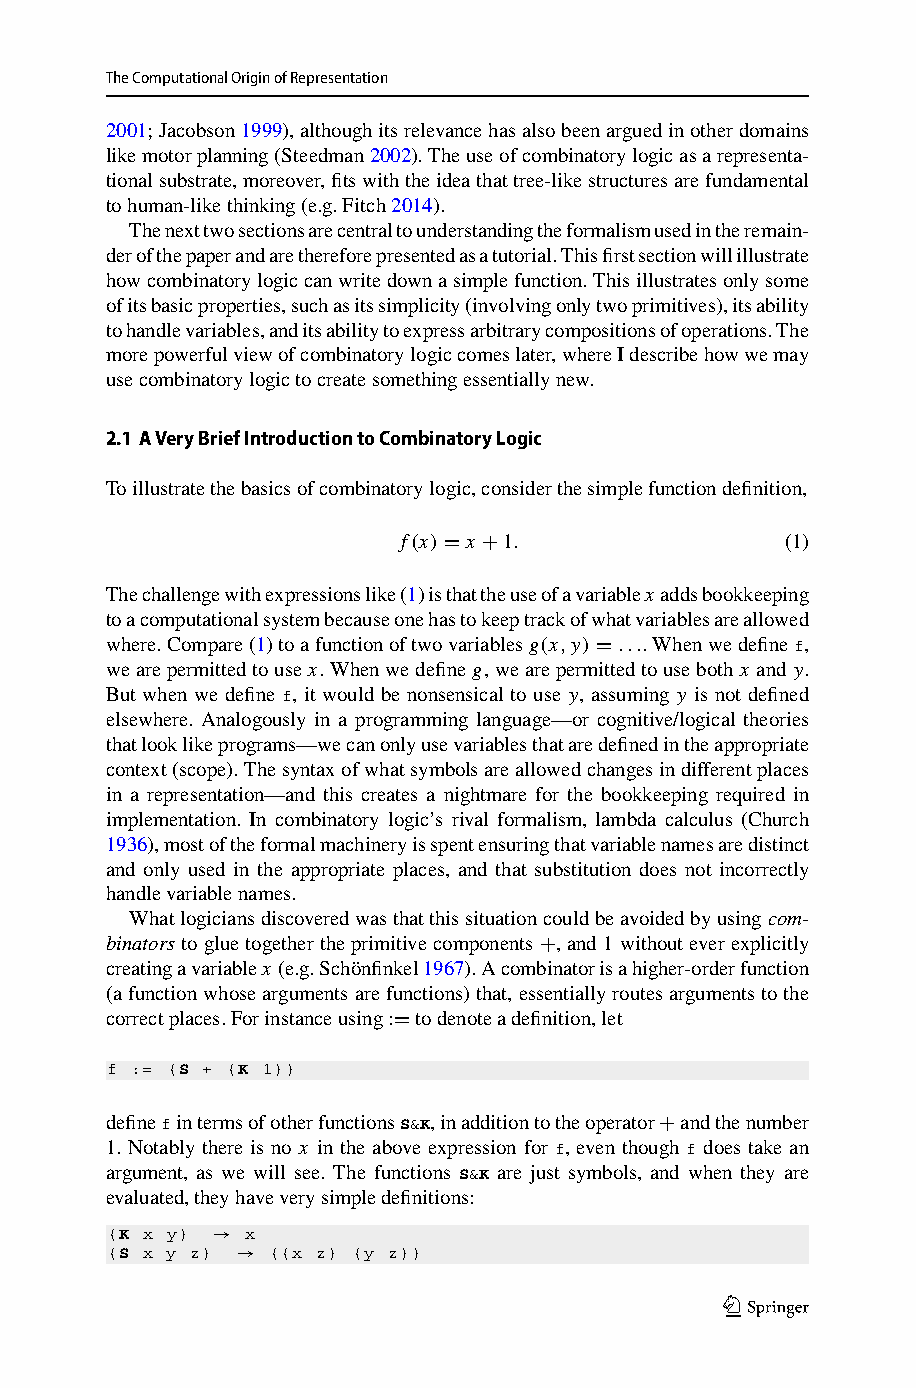
TheComputationalOriginofRepresentation
 2001;Jacobson1999),althoughitsrelevancehasalsobeenarguedinotherdomains
 likemotorplanning(Steedman2002).Theuseofcombinatorylogicasarepresenta-
 tionalsubstrate,moreover,fitswiththeideathattree-likestructuresarefundamental
 tohuman-likethinking(e.g.Fitch2014).
 Thenexttwosectionsarecentraltounderstandingtheformalismusedintheremain-
 derofthepaperandarethereforepresentedasatutorial.Thisfirstsectionwillillustrate
 howcombinatorylogiccanwritedownasimplefunction.Thisillustratesonlysome
 ofitsbasicproperties,suchasitssimplicity(involvingonlytwoprimitives),itsability
 tohandlevariables,anditsabilitytoexpressarbitrarycompositionsofoperations.The
 morepowerfulviewofcombinatorylogiccomeslater,whereIdescribehowwemay
 usecombinatorylogictocreatesomethingessentiallynew.
 2.1 AVeryBriefIntroductiontoCombinatoryLogic
 Toillustratethebasicsofcombinatorylogic,considerthesimplefunctiondefinition,
 f(x)= x +1.              (1)
 Thechallengewithexpressionslike(1)isthattheuseofavariablexaddsbookkeeping
 toacomputationalsystembecauseonehastokeeptrackofwhatvariablesareallowed
 where.Compare(1)toafunctionoftwovariablesg(x,y) = ....Whenwedefinef,
 wearepermittedtouse x.Whenwedefineg,wearepermittedtouseboth x and y.
 But when we define f, it would be nonsensical to use y, assuming y is not defined
 elsewhere. Analogously in a programming language—or cognitive/logical theories
 thatlooklikeprograms—wecanonlyusevariablesthataredefinedintheappropriate
 context(scope).Thesyntaxofwhatsymbolsareallowedchangesindifferentplaces
 in a representation—and this creates a nightmare for the bookkeeping required in
 implementation. In combinatory logic’s rival formalism, lambda calculus (Church
 1936),mostoftheformalmachineryisspentensuringthatvariablenamesaredistinct
 and only used in the appropriate places, and that substitution does not incorrectly
 handlevariablenames.
 Whatlogiciansdiscoveredwasthatthissituationcouldbeavoidedbyusingcom-
 binators togluetogether theprimitivecomponents +,and1withoutever explicitly
 creatingavariablex (e.g.Schönfinkel1967).Acombinatorisahigher-orderfunction
 (afunctionwhoseargumentsarefunctions)that,essentiallyroutesargumentstothe
 correctplaces.Forinstanceusing:=todenoteadefinition,let
 f := (S + (K 1))
 definefintermsofotherfunctionsS&K,inadditiontotheoperator+andthenumber
 1. Notably there is no x in the above expression for f, even though f does take an
 argument, as we will see. The functions S&K are just symbols, and when they are
 evaluated,theyhaveverysimpledefinitions:
 (K x y) → x
 (S x y z) → ((x z) (y z))
 123